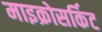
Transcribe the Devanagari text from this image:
माइक्रोसर्किट